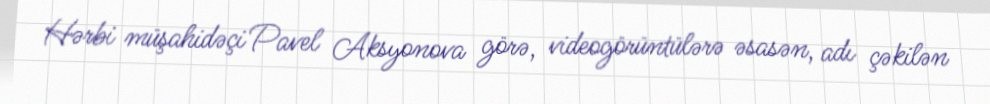
Hərbi müşahidəçi Pavel Aksyonova görə, videogörüntülərə əsasən, adı çəkilən